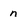
Character: n